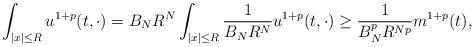
LaTeX: \begin{align*}\int_{\vert x\vert \leq R}u ^{1+p}(t,\cdot)=B_N R^{N}\int_{\vert x\vert \leq R}\frac{1}{B_N R^{N}}u^{1+p}(t,\cdot)\geq \frac{1}{B_N^{p}R^{Np}}m^{1+p}(t),\end{align*}